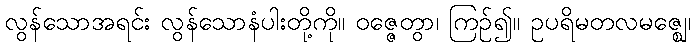
လွန်သောအရင်း လွန်သောနံပါးတို့ကို။ ဝဇ္ဇေတွာ၊ ကြဉ်၍။ ဥပရိမတလမဇ္ဈေ၊